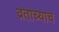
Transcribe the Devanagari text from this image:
व्रताच्याच